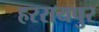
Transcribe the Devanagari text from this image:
हररायपुर